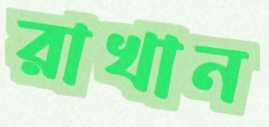
রাখান